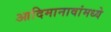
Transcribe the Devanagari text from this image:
आदिमानावांमध्ये